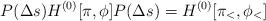
LaTeX: \begin{align*}{P(\Delta s)H^{(0)}[\pi,\phi]P(\Delta s)}=H^{(0)}[\pi_<,\phi_<]\end{align*}